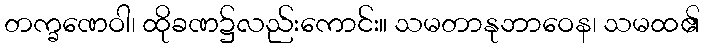
တက္ခဏေဝါ၊ ထိုခဏ၌လည်းကောင်း။ သမတာနုဘာဝေန၊ သမထ၏